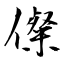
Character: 儏